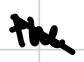
Text: the
Cross-out: mix
Writing tool: digital_black